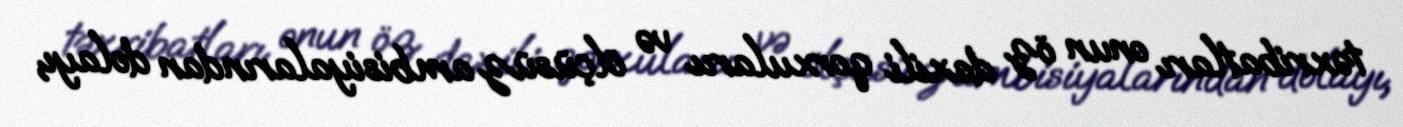
təxribatları onun öz daxili qorxularıı və ölçüsüz ambisiyalarından dolayı,